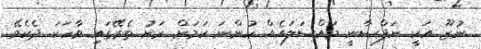
ނުޒޫ އަކީ ނަފްސާނީ މައްސަލައެއް ހުންނަ ކަމަށް ރަށު ތެރޭގައި ވާހަކަ ދެކެވޭ